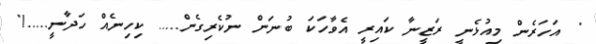
" އަހަރެން މިއުޅެނީ ރަޒީނާ ކައިރީ އެވާހަކަ ބުނަން ނުކެރިގެން..... ކިހިނެއް ހަދާނީ.....!"